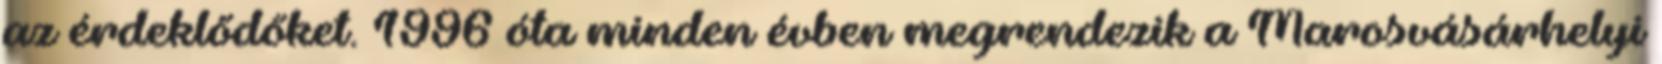
az érdeklődőket. 1996 óta minden évben megrendezik a Marosvásárhelyi